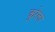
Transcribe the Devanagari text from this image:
कुरेला